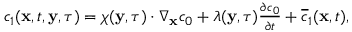
\begin{array} { r } { c _ { 1 } ( \mathbf x , t , \mathbf y , \tau ) = \boldsymbol \chi ( \mathbf y , \tau ) \cdot \nabla _ { \mathbf x } c _ { 0 } + \lambda ( \mathbf y , \tau ) \frac { \partial c _ { 0 } } { \partial t } + \overline { c } _ { 1 } ( \mathbf x , t ) , } \end{array}